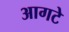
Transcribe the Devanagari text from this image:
आगटे